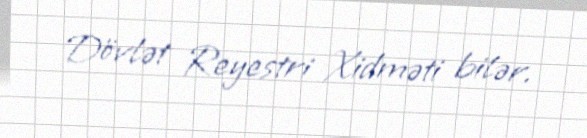
Dövlət Reyestri Xidməti bilər.